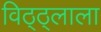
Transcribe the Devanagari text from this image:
विठ्ठ्लाला